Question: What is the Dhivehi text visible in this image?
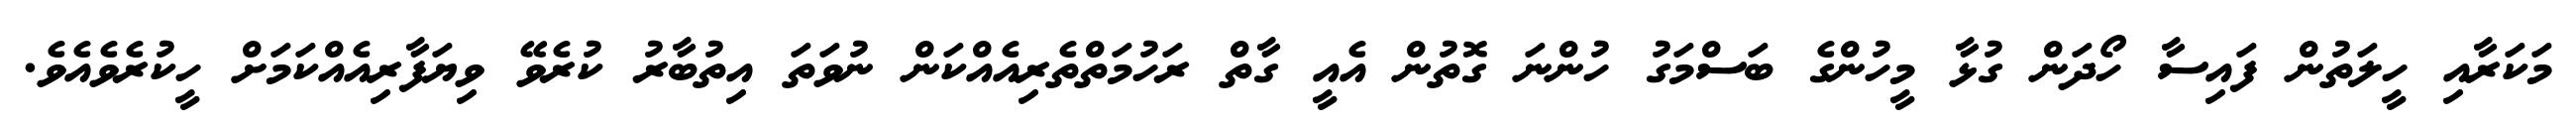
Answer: މަކަރާއި ހީލަތުން ފައިސާ ހޯދަން ގުޅާ މީހުންގެ ބަސްމަގު ހުންނަ ގޮތުން އެއީ ގާތް ރަހުމަތްތެރިއެއްކަން ނުވަތަ އިތުބާރު ކުރެވޭ ވިޔަފާރިއެއްކަމަށް ހީކުރެވެއެވެ.